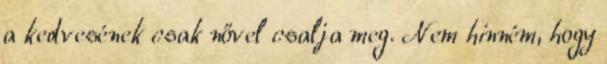
a kedvesének csak nővel csalja meg. Nem hinném, hogy